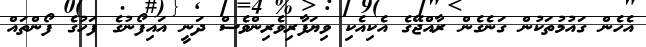
އެހެން ގައުމުތަކުން ގަނެގެން ރާއްޖޭގެ އެކިއެކި ވިޔަފާރިވެރިންވެސް ދަނީ އައިފޯނުގެ ފަހުގެ ފޯންތައް